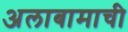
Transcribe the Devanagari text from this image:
अलाबामाची